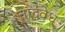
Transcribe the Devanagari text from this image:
नादवेध